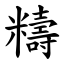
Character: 䊭